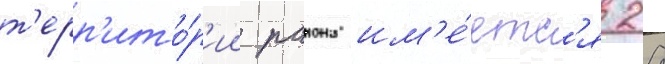
т'ерр'ито́р'ии раиона им'е́етс'я 28